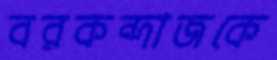
বরকন্দাজকে